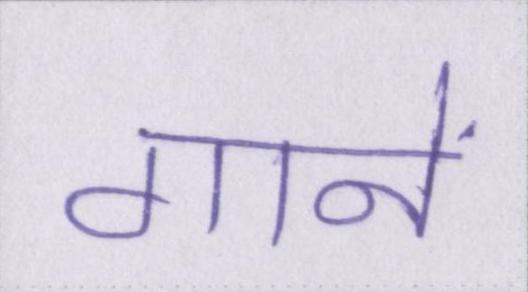
गानें